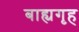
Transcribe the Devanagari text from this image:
बाह्यगृह